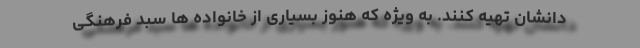
دانشان تهیه کنند. به ویژه که هنوز بسیاری از خانواده ها سبد فرهنگی